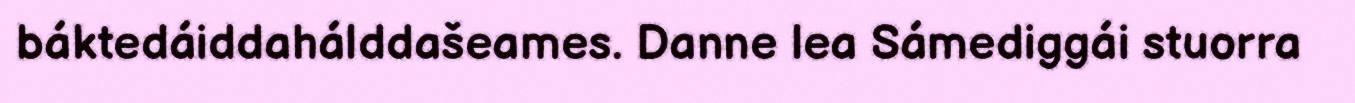
báktedáiddahálddašeames. Danne lea Sámediggái stuorra